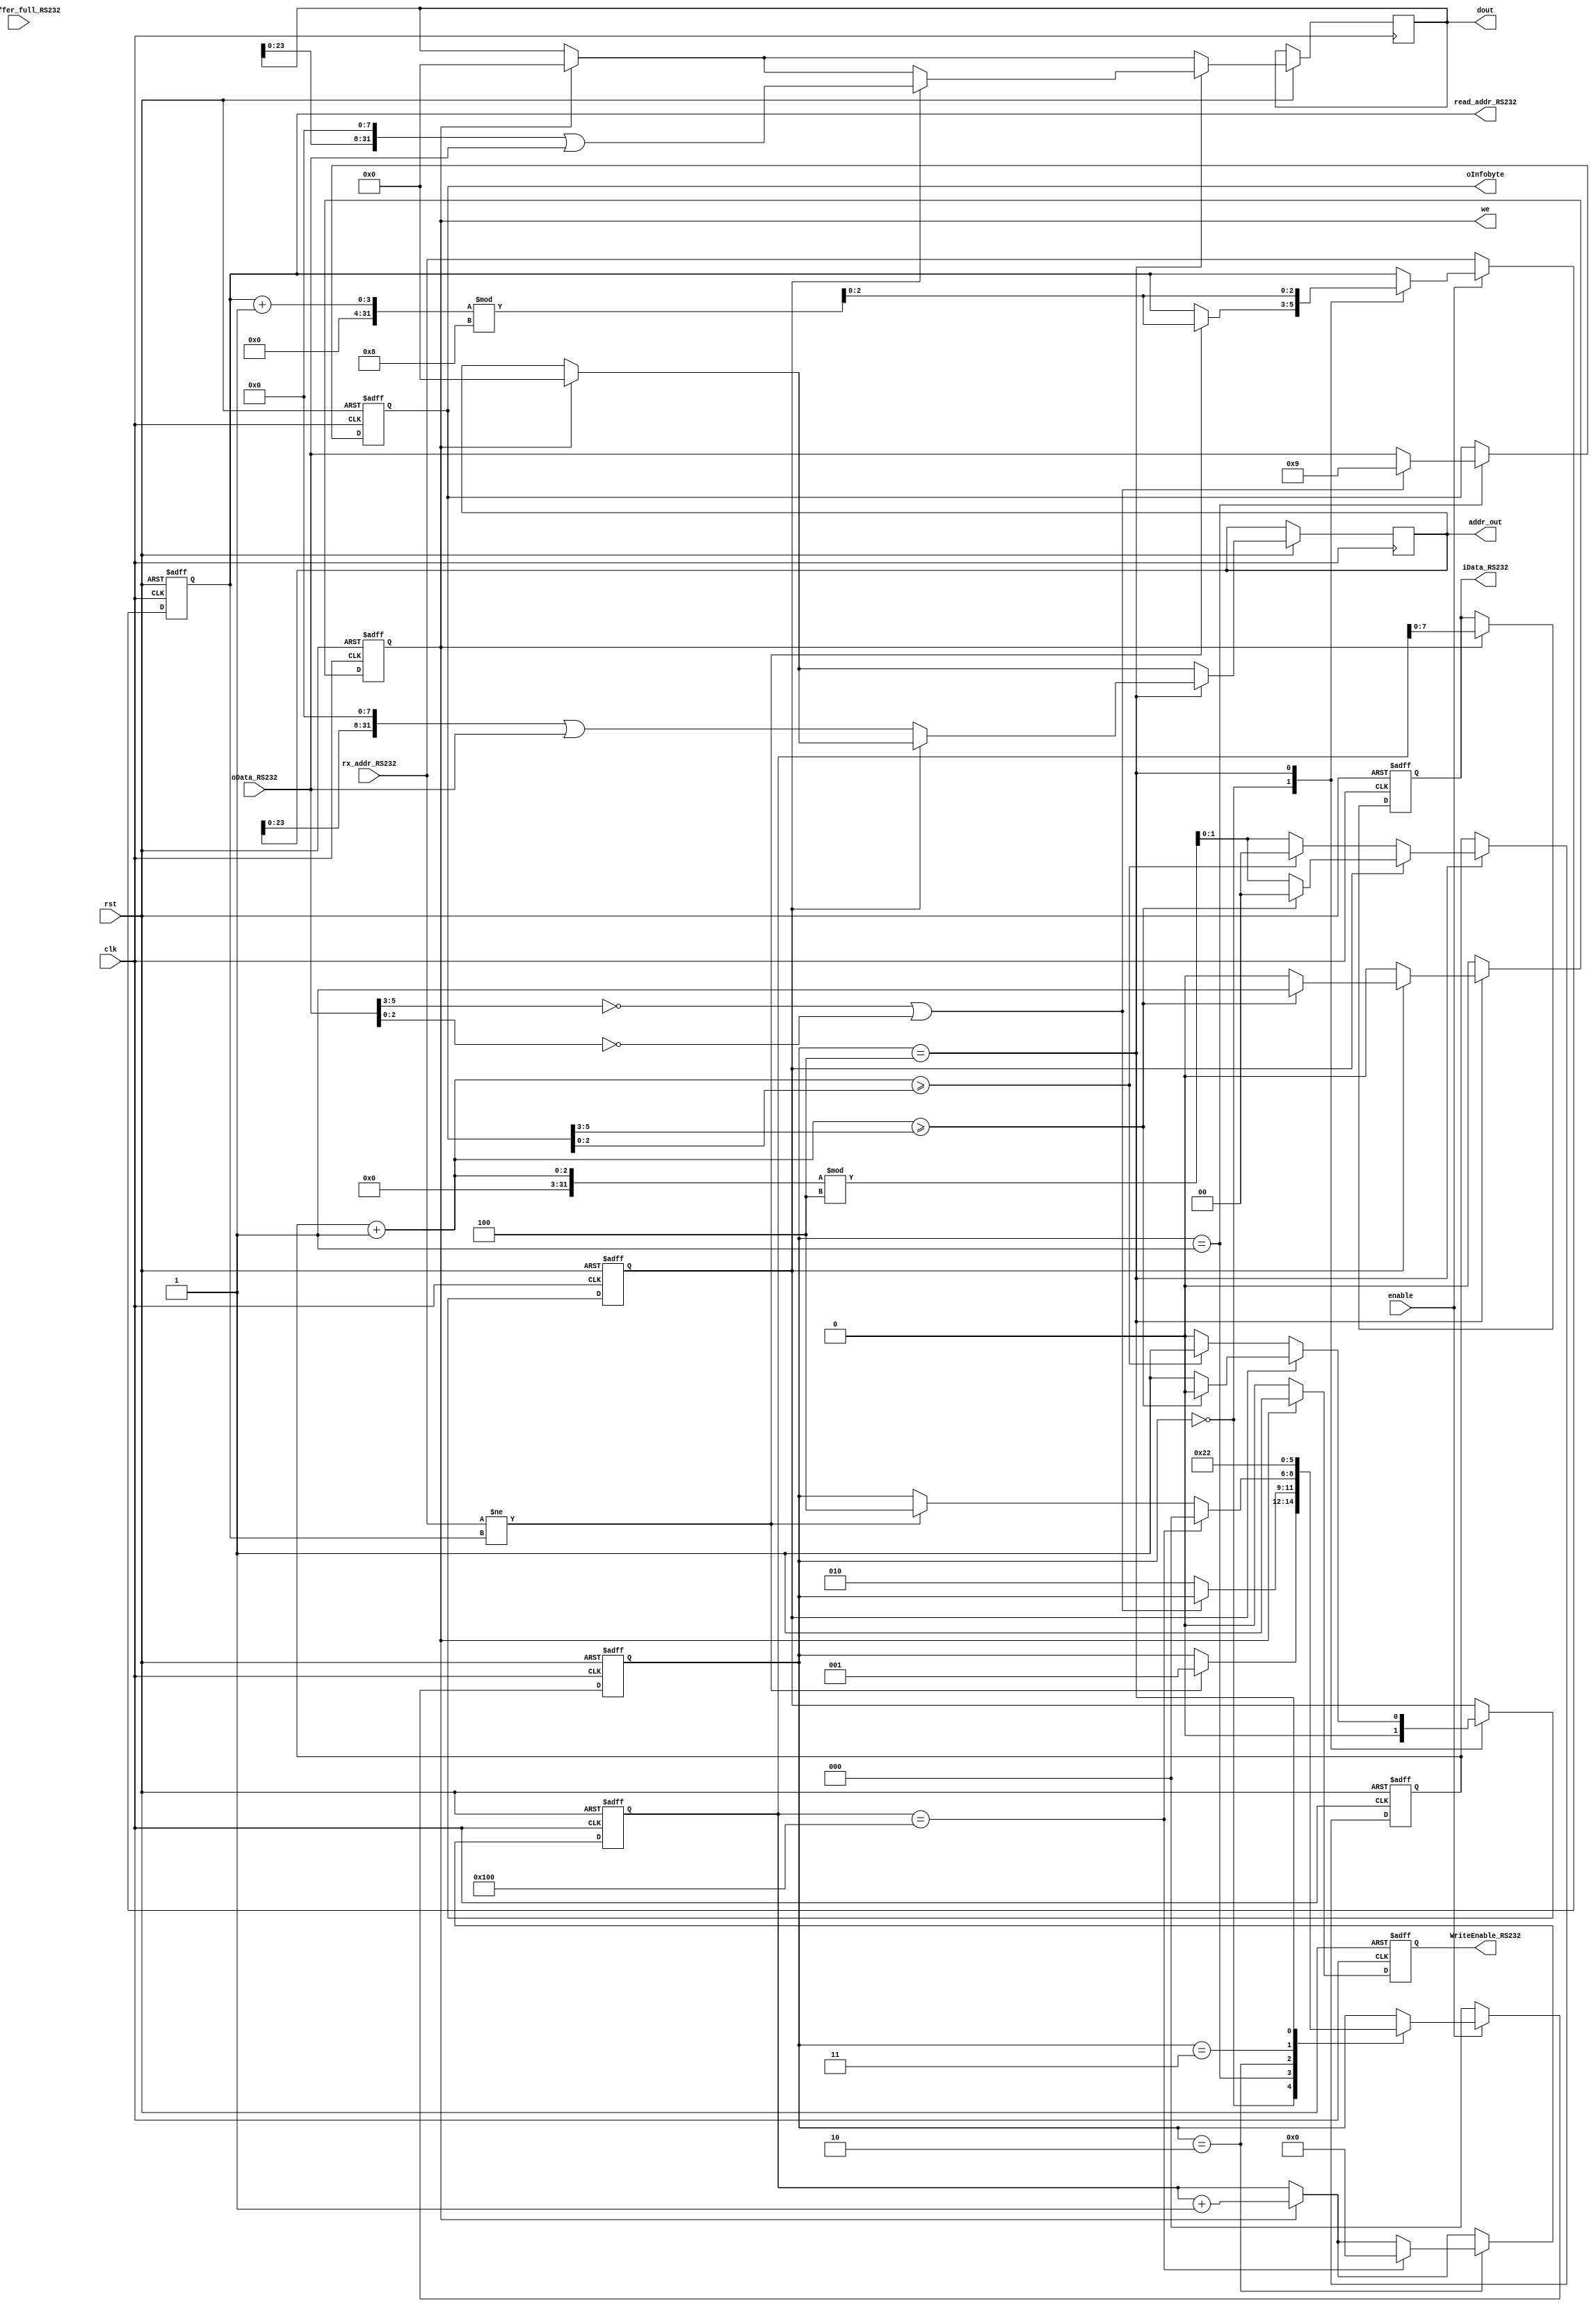
// Generated by MyHDL 0.11


`timescale 1ns/10ps

module RS232Programmer (
    clk,
    rst,
    enable,
    oInfobyte,
    dout,
    addr_out,
    we,
    iData_RS232,
    WriteEnable_RS232,
    oWrBuffer_full_RS232,
    oData_RS232,
    read_addr_RS232,
    rx_addr_RS232
);


input clk;
input rst;
input enable;
output [7:0] oInfobyte;
wire [7:0] oInfobyte;
output [31:0] dout;
wire [31:0] dout;
output [31:0] addr_out;
wire [31:0] addr_out;
output we;
reg we;
output [7:0] iData_RS232;
reg [7:0] iData_RS232;
output WriteEnable_RS232;
reg WriteEnable_RS232;
input oWrBuffer_full_RS232;
input [7:0] oData_RS232;
output [2:0] read_addr_RS232;
reg [2:0] read_addr_RS232;
input [2:0] rx_addr_RS232;

reg isData;
reg [7:0] Info_byte;
reg [8:0] countbytesRX;
reg [31:0] received_data;
reg [2:0] state;
reg [31:0] received_addr;
reg [1:0] subcount;



always @(posedge clk, negedge rst) begin: RS232PROGRAMMER_IO_WRITE_SYNC
    if ((rst == 0)) begin
        state <= 3'b000;
        read_addr_RS232 <= 0;
        Info_byte <= 9;
        subcount <= 0;
        isData <= 1'b0;
        countbytesRX <= 0;
        WriteEnable_RS232 <= 1'b0;
        iData_RS232 <= 0;
        we <= 1'b0;
    end
    else begin
        WriteEnable_RS232 <= 1'b0;
        if (we) begin
            received_data <= 0;
            received_addr <= 0;
            countbytesRX <= (countbytesRX + 1);
            iData_RS232 <= countbytesRX;
            WriteEnable_RS232 <= 1'b1;
        end
        we <= 1'b0;
        case (state)
            3'b000: begin
                isData <= 1'b0;
                if ((rx_addr_RS232 != read_addr_RS232)) begin
                    read_addr_RS232 <= ((read_addr_RS232 + 1) % 8);
                    state <= 3'b001;
                end
            end
            3'b001: begin
                if (((oData_RS232[6-1:3] == 0) || (oData_RS232[3-1:0] == 0))) begin
                    Info_byte <= 9;
                end
                else begin
                    Info_byte <= oData_RS232;
                    state <= 3'b010;
                end
            end
            3'b010: begin
                if ((rx_addr_RS232 != read_addr_RS232)) begin
                    state <= 3'b100;
                end
                if ((countbytesRX == 256)) begin
                    state <= 3'b000;
                    countbytesRX <= 0;
                    $write("alll 256 Datas received");
                    $write("\n");
                end
            end
            3'b011: begin
                state <= 3'b100;
            end
            3'b100: begin
                subcount <= ((subcount + 1) % 4);
                if (isData) begin
                    received_data <= ((received_data << 8) | oData_RS232);
                    if (((subcount + 1) >= Info_byte[6-1:3])) begin
                        isData <= 1'b0;
                        subcount <= 0;
                        we <= 1'b1;
                    end
                end
                else begin
                    received_addr <= ((received_addr << 8) | oData_RS232);
                    if (((subcount + 1) >= Info_byte[3-1:0])) begin
                        isData <= 1'b1;
                        subcount <= 0;
                    end
                end
                read_addr_RS232 <= ((read_addr_RS232 + 1) % 8);
                state <= 3'b010;
            end
        endcase
        if ((!enable)) begin
            state <= 3'b000;
            read_addr_RS232 <= rx_addr_RS232;
        end
    end
end



assign dout = received_data;
assign addr_out = received_addr;
assign oInfobyte = Info_byte;

endmodule